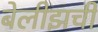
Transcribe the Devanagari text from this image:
बेलीझची